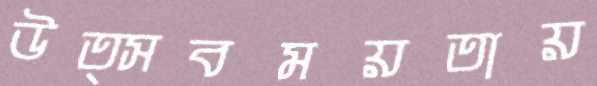
উত্সবময়তায়